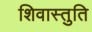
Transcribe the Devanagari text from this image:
शिवास्तुति